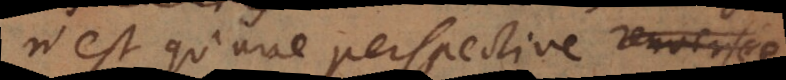
n’est qu’une perspective renversée,